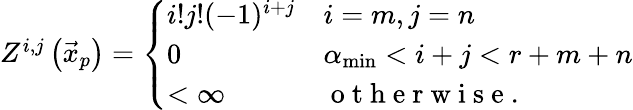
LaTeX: \begin{array}{r}{Z^{i,j}\left(\vec{x}_{p}\right)=\left\{ \begin{array}{ll}{i!j!(-1)^{i+j}}&{i=m,j=n}\\ {0}&{\alpha_{\operatorname*{min}}<i+j<r+m+n}\\ {<\infty}&{\mathrm{~o~t~h~e~r~w~i~s~e~.~}}\end{array}\right.}\end{array}